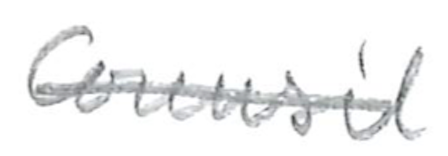
Text: Council
Cross-out: single-line
Writing tool: pencil